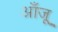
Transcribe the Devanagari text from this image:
आँजू